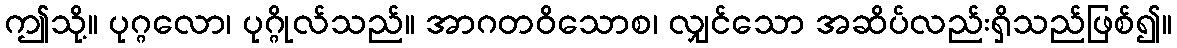
ဤသို့။ ပုဂ္ဂလော၊ ပုဂ္ဂိုလ်သည်။ အာဂတဝိသောစ၊ လျှင်သော အဆိပ်လည်းရှိသည်ဖြစ်၍။